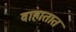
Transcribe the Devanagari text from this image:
वाहातात